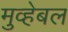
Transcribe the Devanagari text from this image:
मुव्हेबल